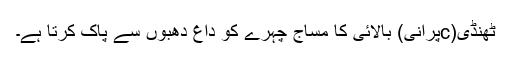
ٹھنڈی(cپرانی) بالائی کا مساج چہرے کو داغ دھبوں سے پاک کرتا ہے۔